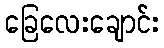
ခြေလေးချောင်း